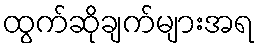
ထွက်ဆိုချက်များအရ